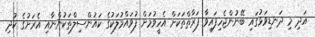
އަދި މި ދަނޑިވަޅުގައި ބޭނުންޖެހިފައިވާ ފަރާތްތަކަށް އެހީވުމަށް ފުވައްމުލަކުގެ ކައުންސިލްތަކުންނާއި އެރަށުގެ ކުދި